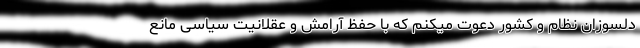
دلسوزان نظام و کشور دعوت میکنم که با حفظ آرامش و عقلانیت سیاسی مانع